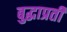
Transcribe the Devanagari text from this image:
बुद्धाप्रती